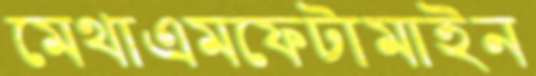
মেথাএমফেটামাইন